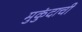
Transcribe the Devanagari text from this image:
मुकुंदाची